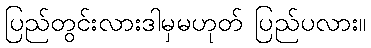
ပြည်တွင်းလားဒါမှမဟုတ် ပြည်ပလား။